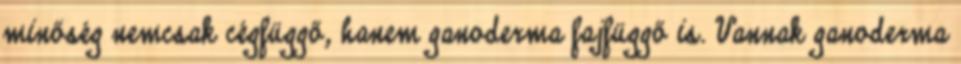
minőség nemcsak cégfüggő, hanem ganoderma fajfüggő is. Vannak ganoderma